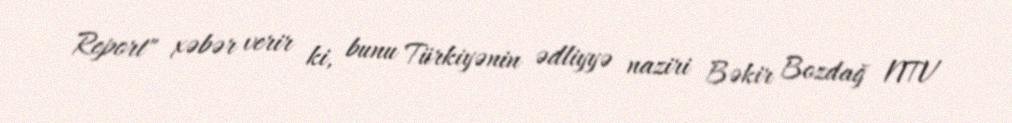
Report" xəbər verir ki, bunu Türkiyənin ədliyyə naziri Bəkir Bozdağ NTV